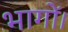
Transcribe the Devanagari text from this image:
भागों।